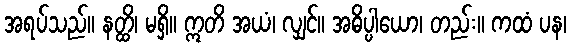
အရပ်သည်။ နတ္ထိ၊ မရှိ။ ဣတိ အယံ၊ လျှင်။ အဓိပ္ပါယော၊ တည်း။ ကထံ ပန၊